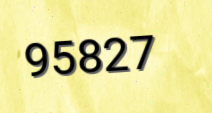
95827